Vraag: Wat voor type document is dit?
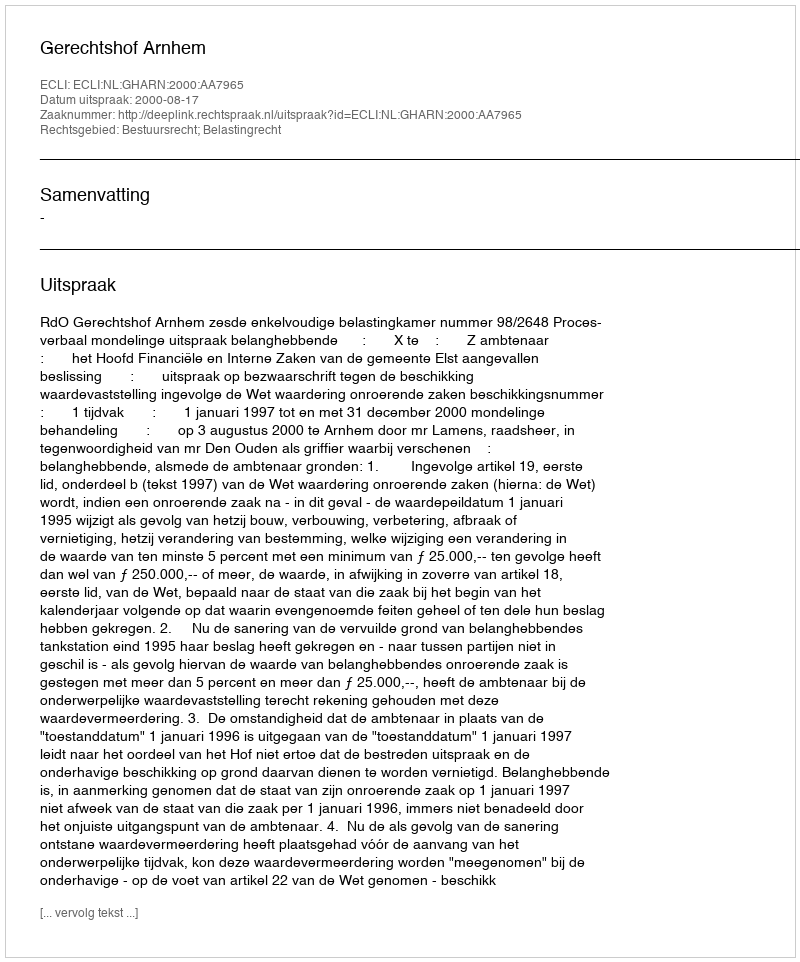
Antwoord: Uitspraak